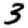
Digit: 3